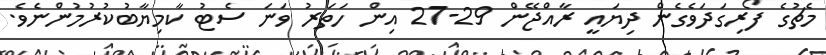
މެޗުގެ ފޯރިގަދަވެގެން ދިޔައީ ރާއްޖޭން 29-27 އިން ހަތަރު ވަނަ ސެޓު ކާމިޔާބުކުރުމުންނެވެ.